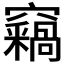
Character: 𥩈